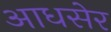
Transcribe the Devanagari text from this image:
आधसेर